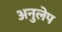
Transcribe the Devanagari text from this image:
अनुलेप